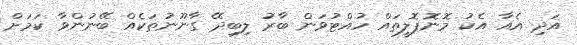
އަދި އެއާ އެކު މޮނޮޕޮލީތައް ހުއްޓުވަން ބާރު ލިބިދޭ ގާނޫނުތަކެއް ބޭނުންވާ ކަމަށް